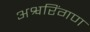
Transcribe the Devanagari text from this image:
अश्वरिंगण